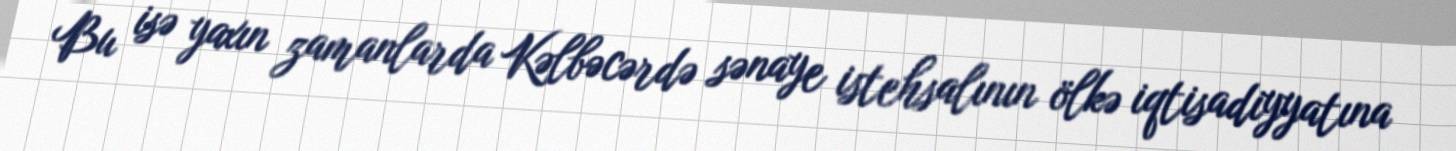
Bu isə yaxın zamanlarda Kəlbəcərdə sənaye istehsalının ölkə iqtisadiyyatına